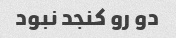
دو رو کنجد نبود